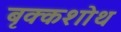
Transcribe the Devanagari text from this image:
बृक्कशोथ